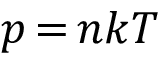
p \, { = } \, n k T